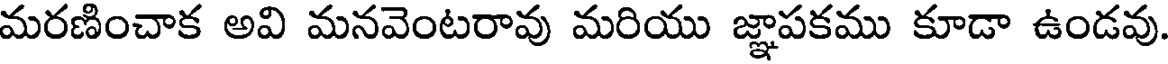
మరణించాక అవి మనవెంటరావు మరియు జ్ఞాపకము కూడా ఉండవు